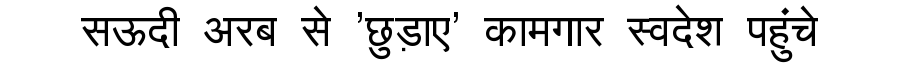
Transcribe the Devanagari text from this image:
सऊदी अरब से 'छुड़ाए' कामगार स्वदेश पहुंचे